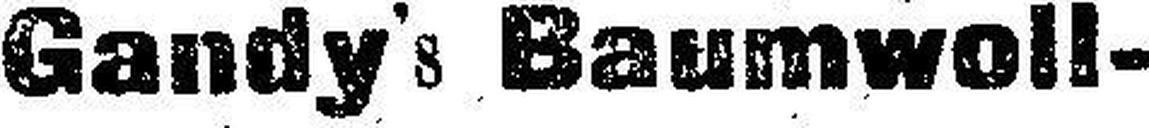
Gandy's Baumwoll-